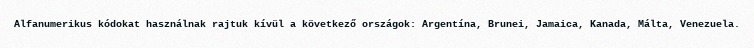
Alfanumerikus kódokat használnak rajtuk kívül a következő országok: Argentína, Brunei, Jamaica, Kanada, Málta, Venezuela.